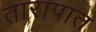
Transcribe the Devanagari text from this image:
तारापात